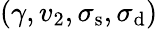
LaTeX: (\gamma,v_{2},\sigma_{\mathrm{{s}}},\sigma_{\mathrm{{d}}})